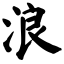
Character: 浪